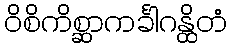
ဝိစိကိစ္ဆာကင်္ခါဂန္ထိတံ